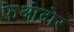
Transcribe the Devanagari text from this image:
फ़ेओदोर